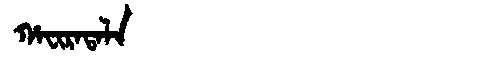
Manchu: ᡥᠠᠸᡳᡵᠠᡨᠠᠯᠠ
Romanization: HAFIRATALA